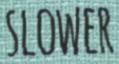
SLOWER